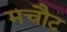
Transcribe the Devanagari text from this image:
मचौट